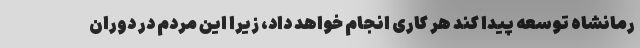
رمانشاه توسعه پیدا کند هر کاری انجام خواهد داد، زیرا این مردم در دوران